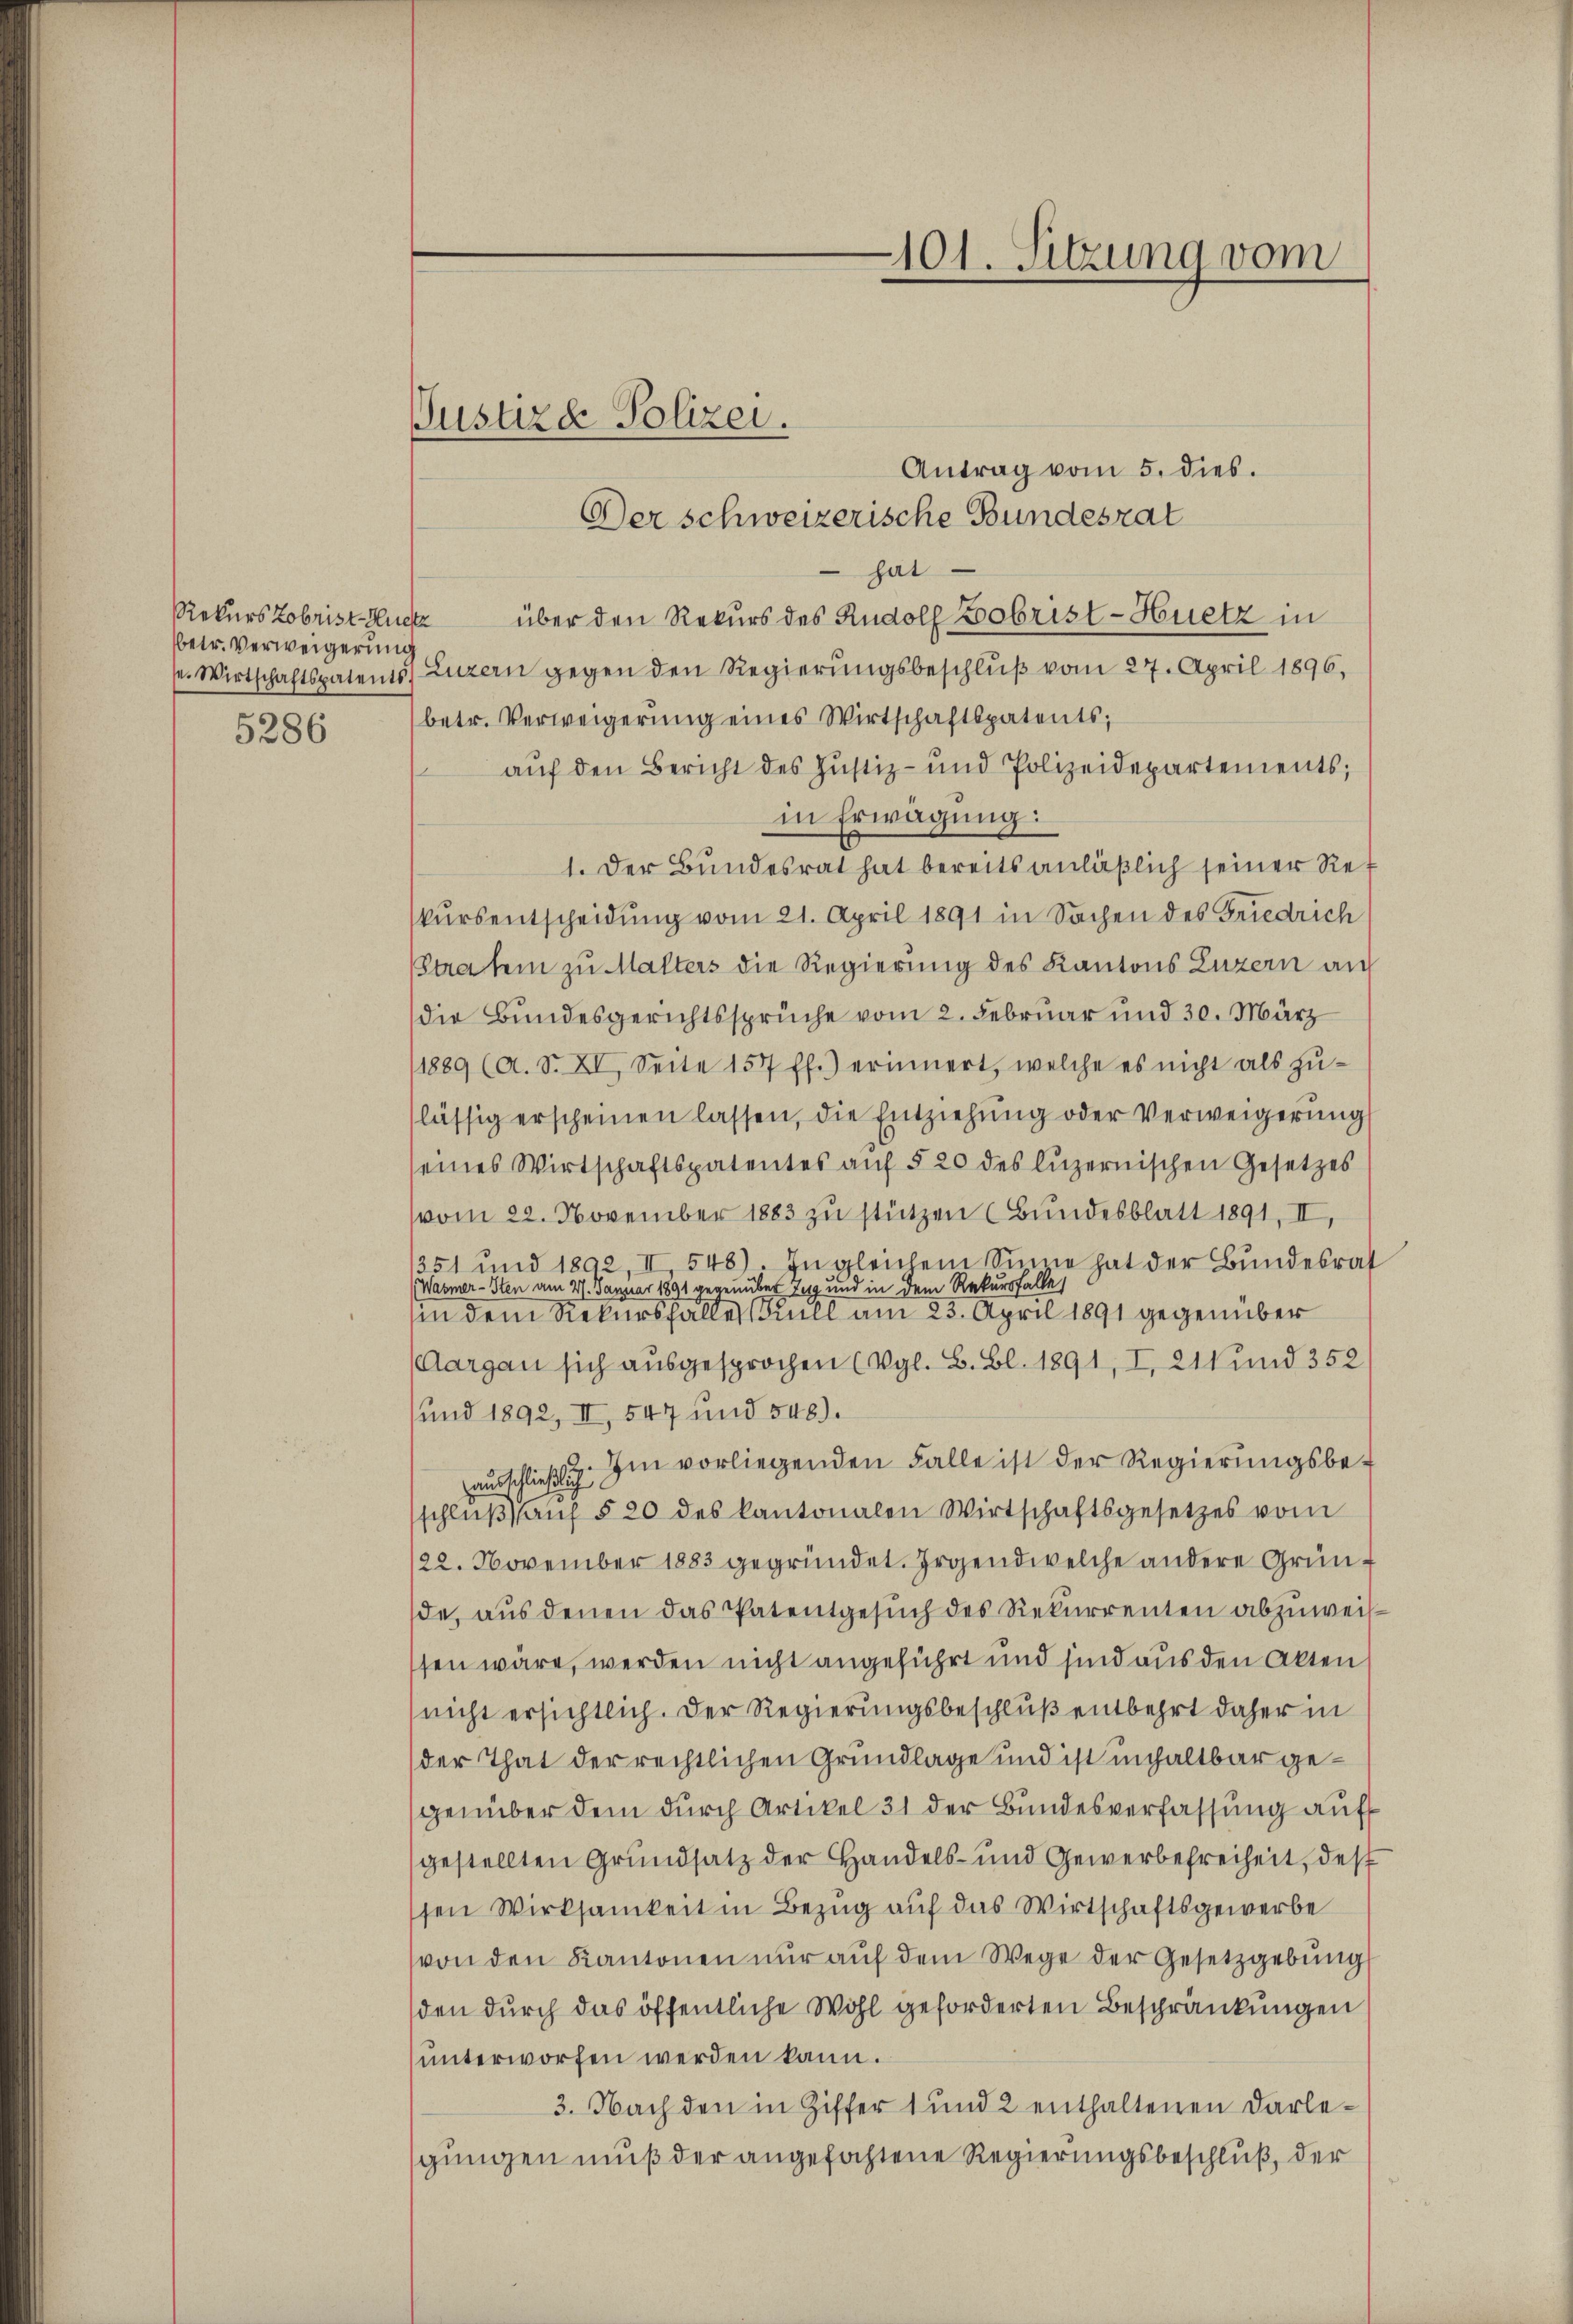
betr. Verweigerung

5286

Antrag vom 5. dies.
Der schweizerische Bundesrat
 hat
Rekurs Lobrist auch über den Rekurs des Rudolf Bobrist-Huetz in
s. Wirtschaftspatents) Luzern gegen den Regierungsbeschluß vom 27. April 1896,
betr. Verweigerung eines Wirtschaftspatents;
aŭf den Bericht des Justiz- und Polizeidepartements;
in Erwägung:
1. Der Bundesrat hat bereits anläßlich seiner Rekŭrsentscheidŭng vom 21. April 1891 in Sachen des Friedrich
(Strafen zu Malters die Regierung des Kantons Luzern an
die Bundesgerichtssprüche vom 2. Februar und 30. März
(1889 (a. S. XI. Seite 157 ff.) erinnert, welche es nicht als zŭ-
lässig erscheinen lassen, die Entziehung oder Verweigerung
seines Wirtschaftspatentes aŭf § 20 des luzernischen Gesetzes
vom 22. November 1883 zu stützen (Bundesblatt 1891, II,
1251 und 1892, II, 548). In gleichem Sinne hat der Bundesrat
(Wasmer-Sten am 27. Januar 1891 gegenüber Zug und in dem Rekursfalle
in dem Rekursfaller Kull am 25. April 1891 gegenüber
(Aargau sich ausgesprochen (Vgl. B. Bl. 1891, I, 211 und 352
und 1892, II, 547 und 548).
aŭsschließlich. Im vorliegenden Falle ist der Regierungsbeschlŭβ aŭf § 20 des kantonalen Wirtschaftsgesetzes vom
22. November 1883 gegründet. Irgendwelche andere Gründe, aus denen das Patentgesuch des Rekurrenten abzuweisssen wäre, werden nicht angeführt und sind aus den Akten
nicht ersichtlich. Der Regierungsbeschluß entbehrt daher in
der That der rechtlichen Grundlage und ist unhaltbar gegenüber dem durch Artikel 31 der Bundesverfassung auf
gestellten Grundsatz der Handels- und Gewerbefreiheit, des
sen Wirksamkeit in Bezug auf das Wirtschaftsgewerbe
von den Kantonen nur auf dem Wege der Gesetzgebung
den durch das öffentliche Wohl geforderten Beschränkungen
unterworfen werden kann.
3. Nach den in Ziffer 1 und 2 enthaltenen Darle-
gungen muß der angefochtene Regierungsbeschluß, der

Justizd Polizei.

101. Sitzung vom